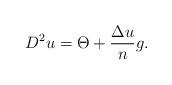
LaTeX: \begin{align*}D^{2}u=\Theta +\frac{\Delta u}{n}g. \end{align*}